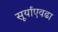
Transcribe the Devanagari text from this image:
सूर्याएवढा